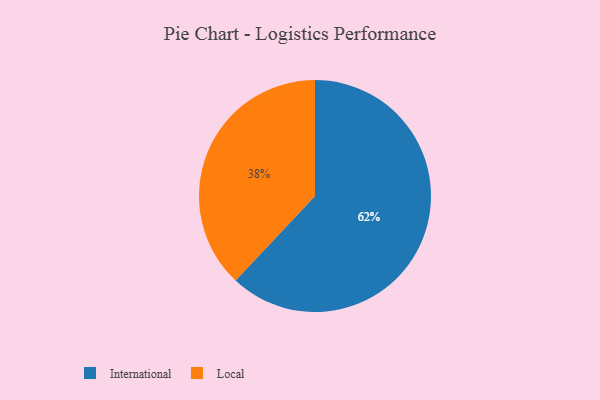
{"axis": {"x": "Category", "y": "Percentage"}, "legend": ["International", "Local"], "data": [{"x": "International", "y": 62, "type": "International"}, {"x": "Local", "y": 38, "type": "Local"}]}